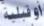
أو